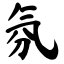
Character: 氛